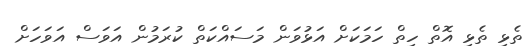
ތެޅި ތެޅި އޮތް ހިތް ހަމަަކަށް އަޅުވަން މަސައްކަތް ކުރަމުން އަވަސް އަވަހަށް